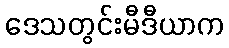
ဒေသတွင်းမီဒီယာက